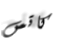
كاتس